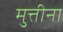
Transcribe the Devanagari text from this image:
मुत्तीना